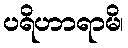
ပရိဟာရာမိ၊